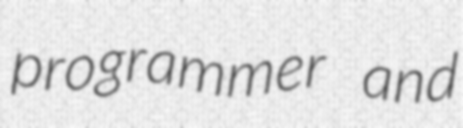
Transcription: programmer and